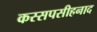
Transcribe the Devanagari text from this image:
कस्सपसीहनाद